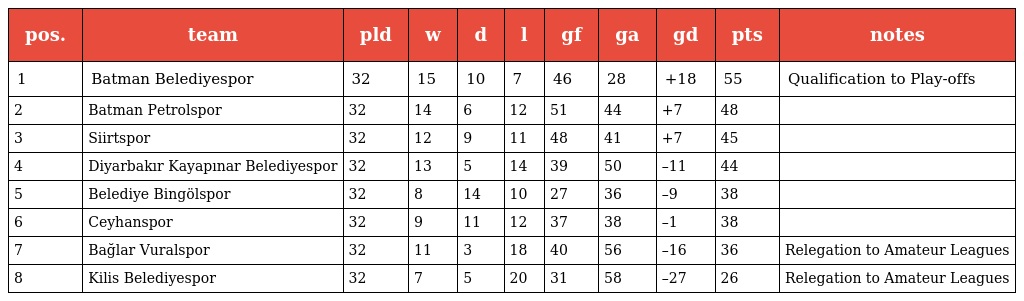
| pos. | team | pld | w | d | l | gf | ga | gd | pts | notes |
 | --- | --- | --- | --- | --- | --- | --- | --- | --- | --- | --- |
 | 1 | Batman Belediyespor | 32 | 15 | 10 | 7 | 46 | 28 | +18 | 55 | Qualification to Play-offs |
 | 2 | Batman Petrolspor | 32 | 14 | 6 | 12 | 51 | 44 | +7 | 48 |  |
 | 3 | Siirtspor | 32 | 12 | 9 | 11 | 48 | 41 | +7 | 45 |  |
 | 4 | Diyarbakır Kayapınar Belediyespor | 32 | 13 | 5 | 14 | 39 | 50 | –11 | 44 |  |
 | 5 | Belediye Bingölspor | 32 | 8 | 14 | 10 | 27 | 36 | –9 | 38 |  |
 | 6 | Ceyhanspor | 32 | 9 | 11 | 12 | 37 | 38 | –1 | 38 |  |
 | 7 | Bağlar Vuralspor | 32 | 11 | 3 | 18 | 40 | 56 | –16 | 36 | Relegation to Amateur Leagues |
 | 8 | Kilis Belediyespor | 32 | 7 | 5 | 20 | 31 | 58 | –27 | 26 | Relegation to Amateur Leagues |